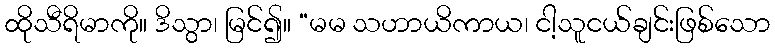
ထိုသီရိမာကို။ ဒိသွာ၊ မြင်၍။ “မမ သဟာယိကာယ၊ ငါ့သူငယ်ချင်းဖြစ်သော